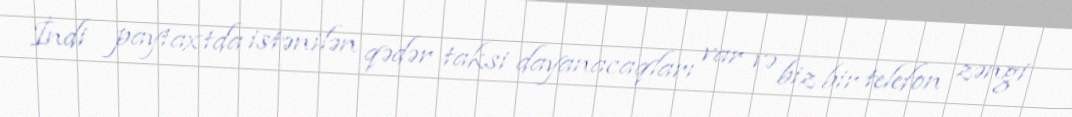
İndi paytaxtda istənilən qədər taksi dayanacaqları var və biz bir telefon zəngi